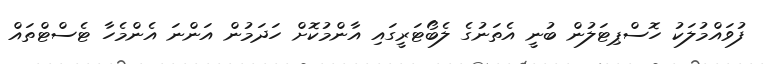
ފުވައްމުލަކު ހޮސްޕިޓަލުން ބުނީ އެތަނުގެ ލެބޯޓަރީގައި އާންމުކޮށް ހަދަމުން އަންނަ އެންމެހާ ޓެސްޓްތައް